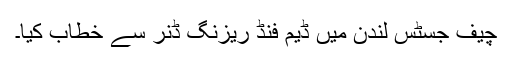
چیف جسٹس لندن میں ڈیم فنڈ ریزنگ ڈنر سے خطاب کیا۔